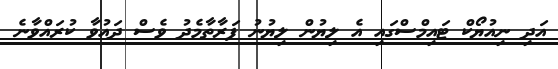
އަދި ނިއުޔޯކް ޓައިމްސްގައި އެ ލިޔުން ލިޔުނު ފަރާތާމެދު ވެސް ދައުވާ ކުރައްވާނެ